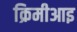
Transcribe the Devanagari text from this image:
क्रिमीआइ